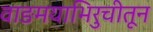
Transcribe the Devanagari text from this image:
वाङमयाभिरुचीतून